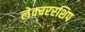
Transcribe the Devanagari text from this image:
लेक्चररशिप